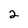
Character: 2